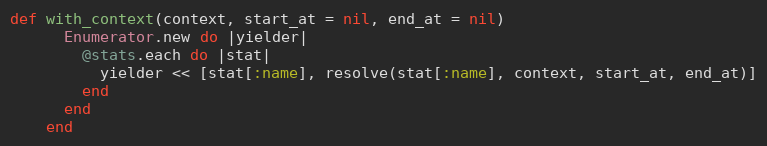
Language: Ruby
def with_context(context, start_at = nil, end_at = nil)
      Enumerator.new do |yielder|
        @stats.each do |stat|
          yielder << [stat[:name], resolve(stat[:name], context, start_at, end_at)]
        end
      end
    end